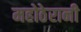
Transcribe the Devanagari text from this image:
महोठेरानी